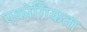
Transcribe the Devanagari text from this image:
एकांगिकता